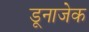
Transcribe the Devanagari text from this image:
डूनाजेक